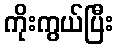
ကိုးကွယ်ပြီး